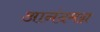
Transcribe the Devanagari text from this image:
आनंदमग्न